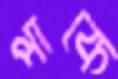
পাকে